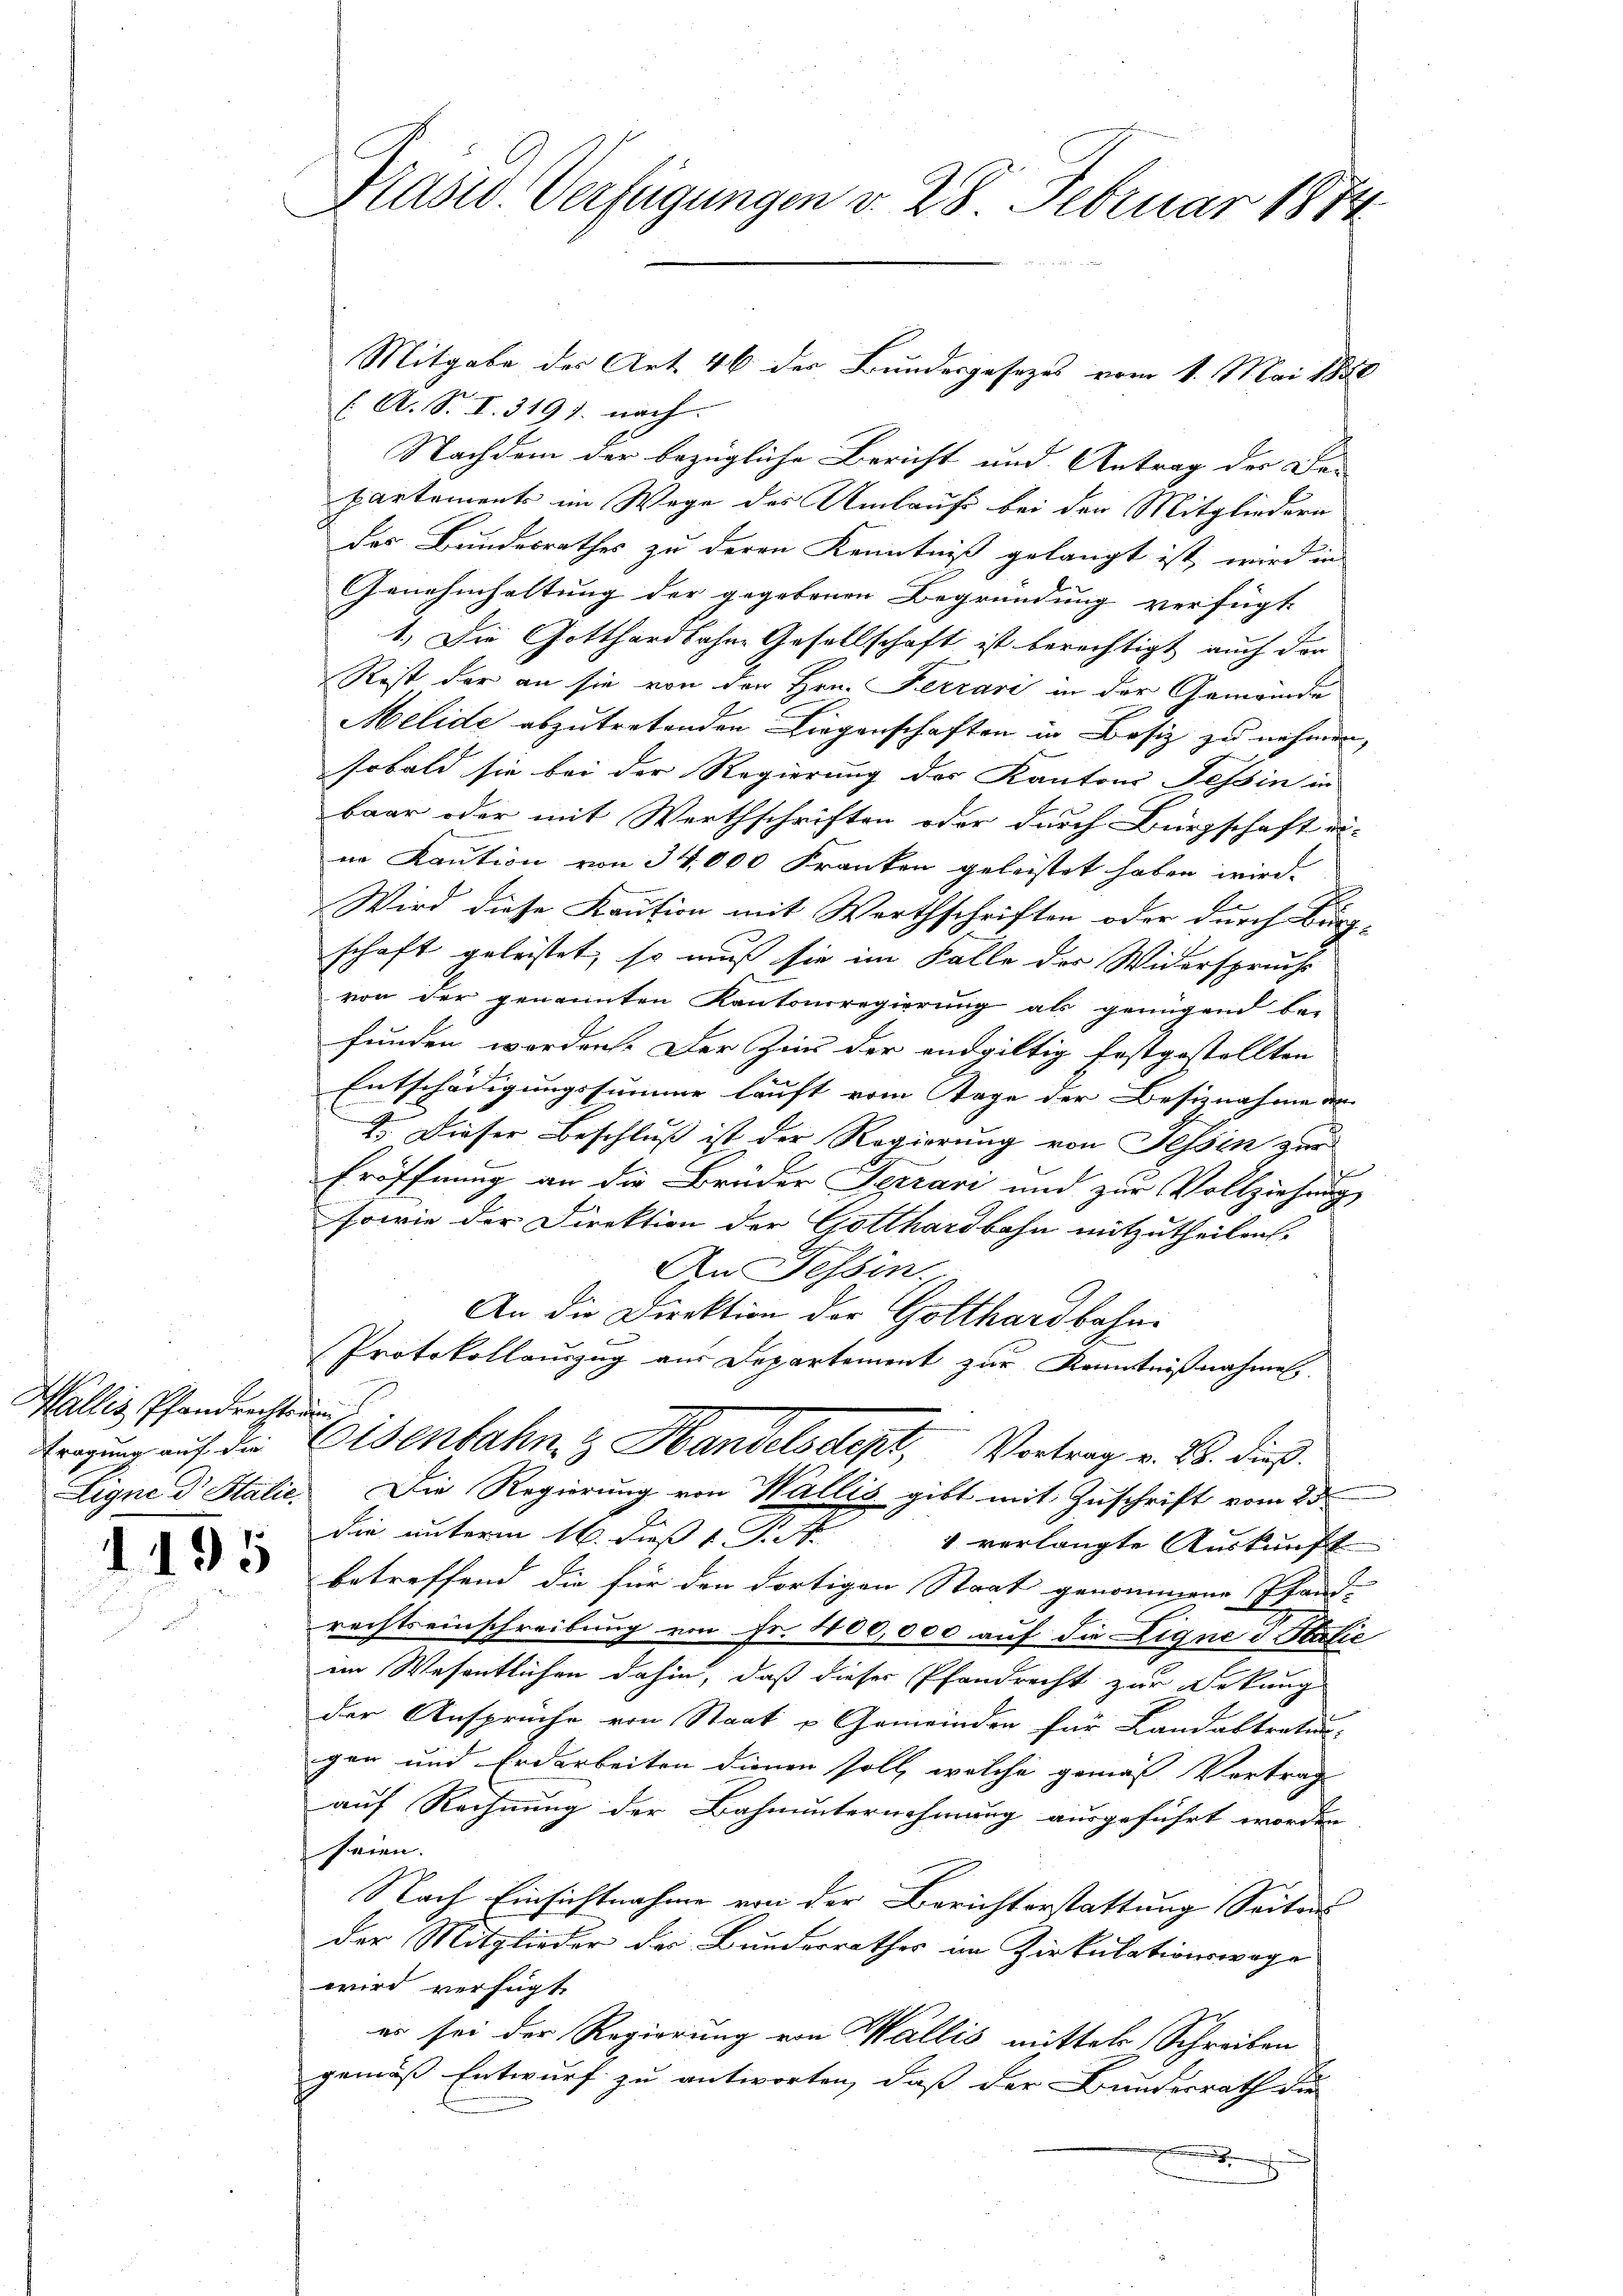
Wallis, Pfandrechtenen
Fragung auf die

1195

Präsid. Verfügungen v. 28. Februar 1874

( A. S. I. 3191. nach.
Nachdem der bezügliche Bericht und Antrag der Bau
partements im Wege des Umlauf bei den Mitgliedern
des Bundesrathes zu deren Kenntniß gelangt ist, wird in
Genehmhaltung der gegebenen Begründung verfügt
1.) Die Gotthardbahne Gesellschaft ist berechtigt auch den
Rest der an sie von der Hrn. Ferrari in der Gemeinde
Melide abzutretenden Liegenschaften in Besitz zu nehmen,
sobald sie bei der Regierung des Kantons Tessin in
baar oder mit Werthschriften oder durch Bürgschaft ei-
ne Kaution von 34,000 Franken geleistet haben wird.
E
Wird diese Kaution mit Werthschriften oder durch Binz-
schaft geleistet, so muß sie im Falle der Widerspruchs
von der genannten Kantonsregierung als genügend be-
funden worden. Der Zins der endgültig festgestellten
Entschädigungssumme lauft vom Tage der Besiznahme der
2. Dieser Beschluß ist der Regierung von Tessin zur
Eröffnung an die Brüder Terrari und zur Vollziehung
sowie der Direktion der Gotthardbahn mitzutheilen.
An Tessin.
An die Direktion der Gotthardbahn-
Protokollauszug aus Departement zur Kenntnißnahmen
Eisenbahn & Handelsdept, Vortrag v. B. dieß
Ligne dr Statie. Die Regierung von Wallis gibt mit Zuschrift vom 25.
die unterm 16. dieß J. M. verlangte Auskunft
betreffend die für den dortigen Staat genommene Pfand-
rechtseinschreibung von Fr. 400,000 auf die Eigne d. Statie
im Wesentlichen dahin, daß dieser Pfandrecht zur Bekung
der Ansprüche von Staat & Gemeinden für Landabtreter:
gen und Erdarbeiten dienen soll, welche gemäß Vortrag
auf Rechnung der Bahnunternehmung ausgeführt worden
seien.
Nach Einsichtnahme von der Berichterstattung Seitens
der Mitglieder der Bundesrathes im Zirkulationswage
wird verfügt
er sei der Regierung von Wallis mittels Schreiben
gemäß Entwurf zu antworten, daß der Bundesrath die

Mitgabe des Art. 46 der Bundesgesezes vom 1. Mai 1880